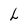
Character: L